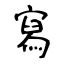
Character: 寫